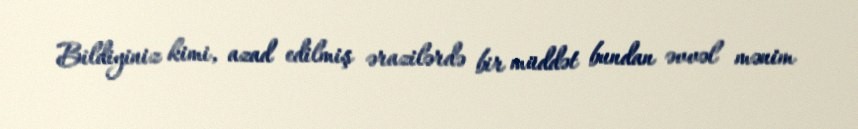
Bildiyiniz kimi, azad edilmiş ərazilərdə bir müddət bundan əvvəl mənim